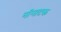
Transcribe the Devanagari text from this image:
नॉगाटक